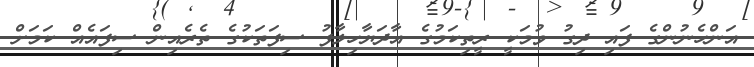
އަންހެނުންގެ ފައި ދިގު ވުމަކީ ރީތިކަމުގެ އާދަޔާހިލާފު ސިފަތަކުގެ ތެރެއިން ސިފައެއް ކަމަށް